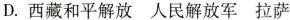
D.西藏和平解放 人民解放军 拉萨